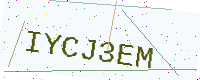
Text: IYCJ3EM